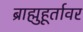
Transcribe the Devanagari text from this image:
ब्राह्मुहूर्तावर